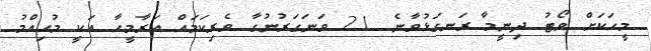
މީހަކަށް ވޯޓު ދިނީމާ ރަނގަޅުވާނެ. 21 ވަނަގަރުނުގާ ވެރިކަމައް އަރާމީހާ އަކީ މުހިއްމު